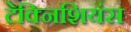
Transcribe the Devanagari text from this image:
टेक्निशियंस